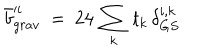
\bar { b } _ { g r a v } ^ { \prime i } \ = \ 2 4 \, \sum _ { k } \, t _ { k } \, \delta _ { G S } ^ { i , k }